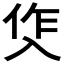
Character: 𭁀